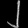
Digit: ၂